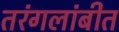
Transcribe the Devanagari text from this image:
तरंगलांबीत